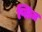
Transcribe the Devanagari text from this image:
प्लिज